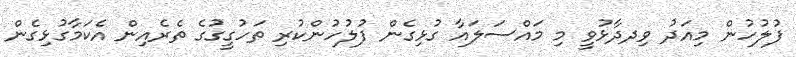
ފުލުހުން މިއަދު ވިދދާޅުވީ މި މައްސަލައާ ގުޅިގެން ފުލުހުންކުރި ތަހުގީގުގެ ތެރެއިން އެކަމާގުޅިގެން